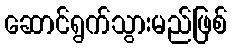
ဆောင်ရွက်သွားမည်ဖြစ်